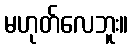
မဟုတ်လေဘူး။